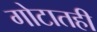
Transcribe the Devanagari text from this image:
गोटातही